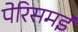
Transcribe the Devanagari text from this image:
पेरिसमई